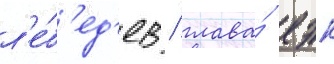
л'е́б'ед'ев / глава́ еэк